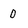
Character: 0